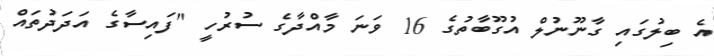
އެ ބިލުގައި ގާނޫނުލް އުގޫބާތުގެ 16 ވަނަ މާއްދާގެ ސުރުހީ "ފައިސާގެ އަދަދުތައް